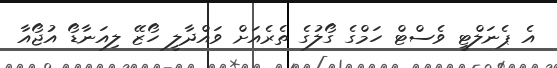
އެ ޕެނަލްޓީ ވެސްޓް ހަމްގެ ގޯލުގެ ތެރެއަށް ވައްދާލީ ހޯޒޭ ލިއަނާޑޯ އުޖޯއާ